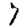
Digit: 7